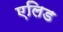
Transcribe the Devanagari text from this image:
एलिड